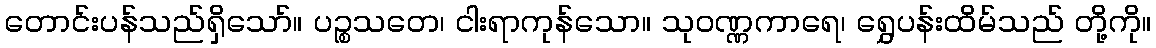
တောင်းပန်သည်ရှိသော်။ ပဉ္စသတေ၊ ငါးရာကုန်သော။ သုဝဏ္ဏကာရေ၊ ရွှေပန်းထိမ်သည် တို့ကို။